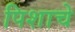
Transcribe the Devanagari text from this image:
पिशाचे